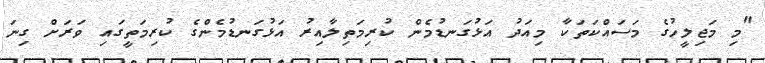
"މި މަޖިލީހުގެ މަސައްކަތަކާ މިއަދު އަޅުގަނޑުމެން ކުރިމަތިލާއިރު އަޅުގަނޑުމެންގެ ކުރިމަތީގައި ވަރަށް ގިނަ